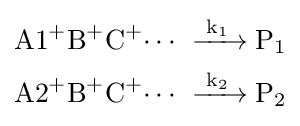
{\begin{aligned}{\ce {{A1}+{B}+{C}+\cdots }}\ &{\ce {->[k_{1}]P1}}\\{\ce {{A2}+{B}+{C}+\cdots }}\ &{\ce {->[k_{2}]P2}}\end{aligned}}